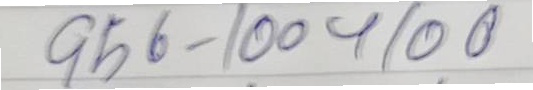
956 = 100 + 100